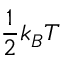
\frac { 1 } { 2 } k _ { B } T